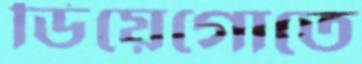
ডিয়েগোতে